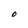
Character: O